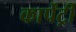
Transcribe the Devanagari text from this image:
कार्पेंट्री